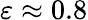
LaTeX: \varepsilon\approx 0.8